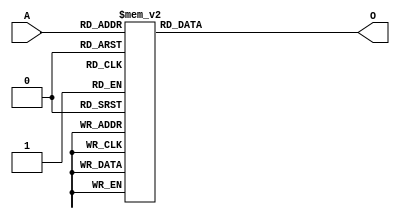
/*
This file contains Decoder for 
3 to 8 bit

Author: Sahil & Shravan
Date: 08-02-2024
*/


module Decoder_3_to_8(input [2:0] A,
                    output reg [7:0] O);

    always @(A)
    begin
        case(A)
            3'b000: O = 8'b00000001;
            3'b001: O = 8'b00000010;
            3'b010: O = 8'b00000100;
            3'b011: O = 8'b00001000;
            3'b100: O = 8'b00010000;
            3'b101: O = 8'b00100000;
            3'b110: O = 8'b01000000;
            3'b111: O = 8'b10000000;
            default: O = 8'b11111111; // For undefined inputs
        endcase
    end

endmodule